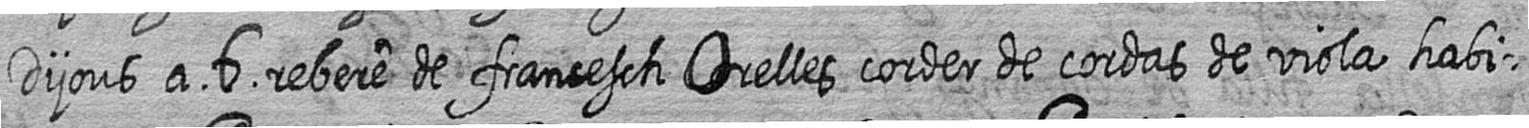
Dijous a 6 rebere de francesch Orelles corder de cordas de viola habi=